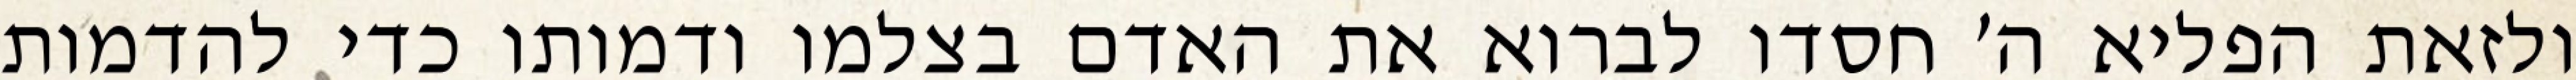
ולזאת הפליא ה׳ חסדו לברוא את האדם בצלמו ודמותו כדי להדמות